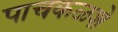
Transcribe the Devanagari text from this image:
पाचकळशे